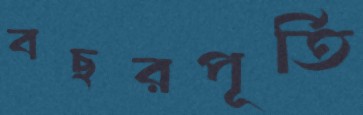
বছরপূর্তি